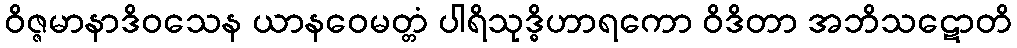
ဝိဇ္ဇမာနာဒိဝသေန ယာနဝေမတ္တံ ပါရိသုဒ္ဓိဟာရကော ဝိဒိတာ အဘိသဋောတိ